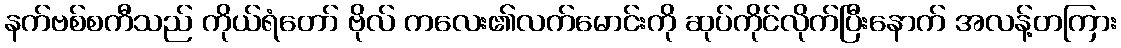
နက်ဗစ်စကီသည် ကိုယ်ရံတော် ဗိုလ် ကလေး၏လက်မောင်းကို ဆုပ်ကိုင်လိုက်ပြီးနောက် အလန့်တကြား